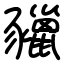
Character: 䝓